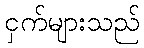
ငှက်များသည်